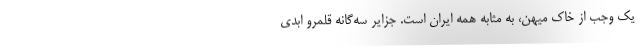
یک وجب از خاک میهن، به مثابه همه ایران است. جزایر سه‌گانه قلمرو ابدی